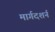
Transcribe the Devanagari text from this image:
मार्गदशर्न